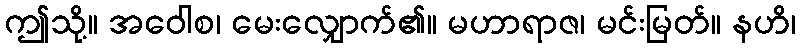
ဤသို့။ အဝေါစ၊ မေးလျှောက်၏။ မဟာရာဇ၊ မင်းမြတ်။ နဟိ၊